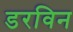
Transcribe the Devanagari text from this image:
डरविन